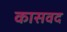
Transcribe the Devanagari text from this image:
कासवद